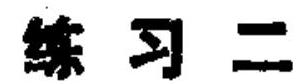
练习二